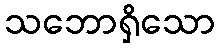
သဘောရှိသော